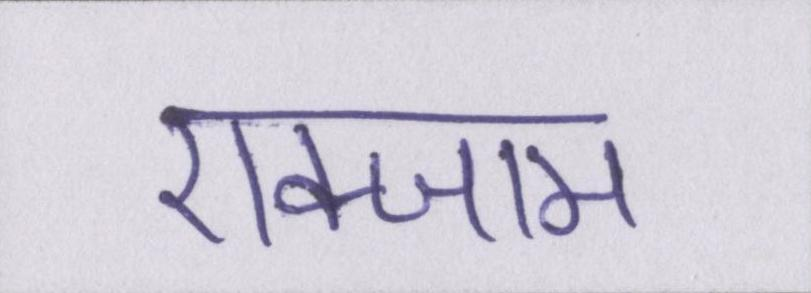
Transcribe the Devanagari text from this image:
एक्जाम